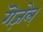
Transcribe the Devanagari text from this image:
गॆज़ेल्